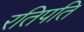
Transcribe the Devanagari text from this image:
रतिपति